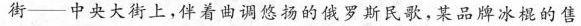
街--中央大街上，伴着曲调悠扬的俄罗斯民歌，某品牌冰棍的售